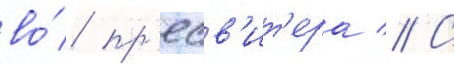
во́ пр'есв'ит'ера // С